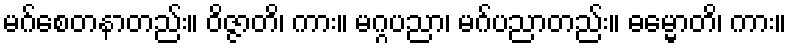
မဂ်စေတနာတည်း။ ဝိဇ္ဇာတိ၊ ကား။ မဂ္ဂပညာ၊ မဂ်ပညာတည်း။ ဓမ္မောတိ၊ ကား။